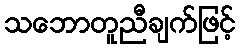
သဘောတူညီချက်ဖြင့်